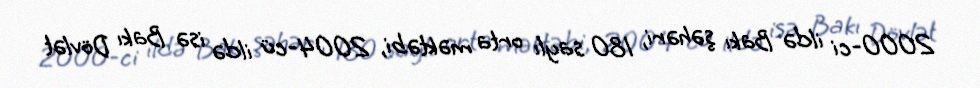
2000-ci ildə Bakı şəhəri, 180 saylı orta məktəbi, 2004-cü ildə isə Bakı Dövlət